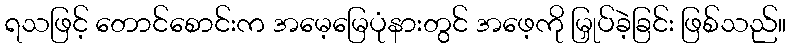
ရသဖြင့် တောင်စောင်းက အမေ့မြေပုံနားတွင် အဖေ့ကို မြှုပ်ခဲ့ခြင်း ဖြစ်သည်။